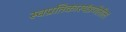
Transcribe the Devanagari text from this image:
स्वप्रतिकारयंत्रणेतील